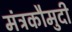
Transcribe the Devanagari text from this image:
मंत्रकौमुदी